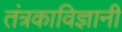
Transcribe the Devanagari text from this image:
तंत्रकाविज्ञानी